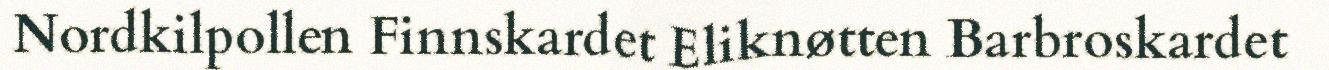
Nordkilpollen Finnskardet Eliknøtten Barbroskardet